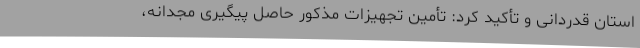
استان قدردانی و تأکید کرد: تأمین تجهیزات مذکور حاصل پیگیری مجدانه،